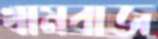
খামবাজ